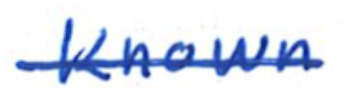
Text: known
Cross-out: single-line
Writing tool: ballpoint